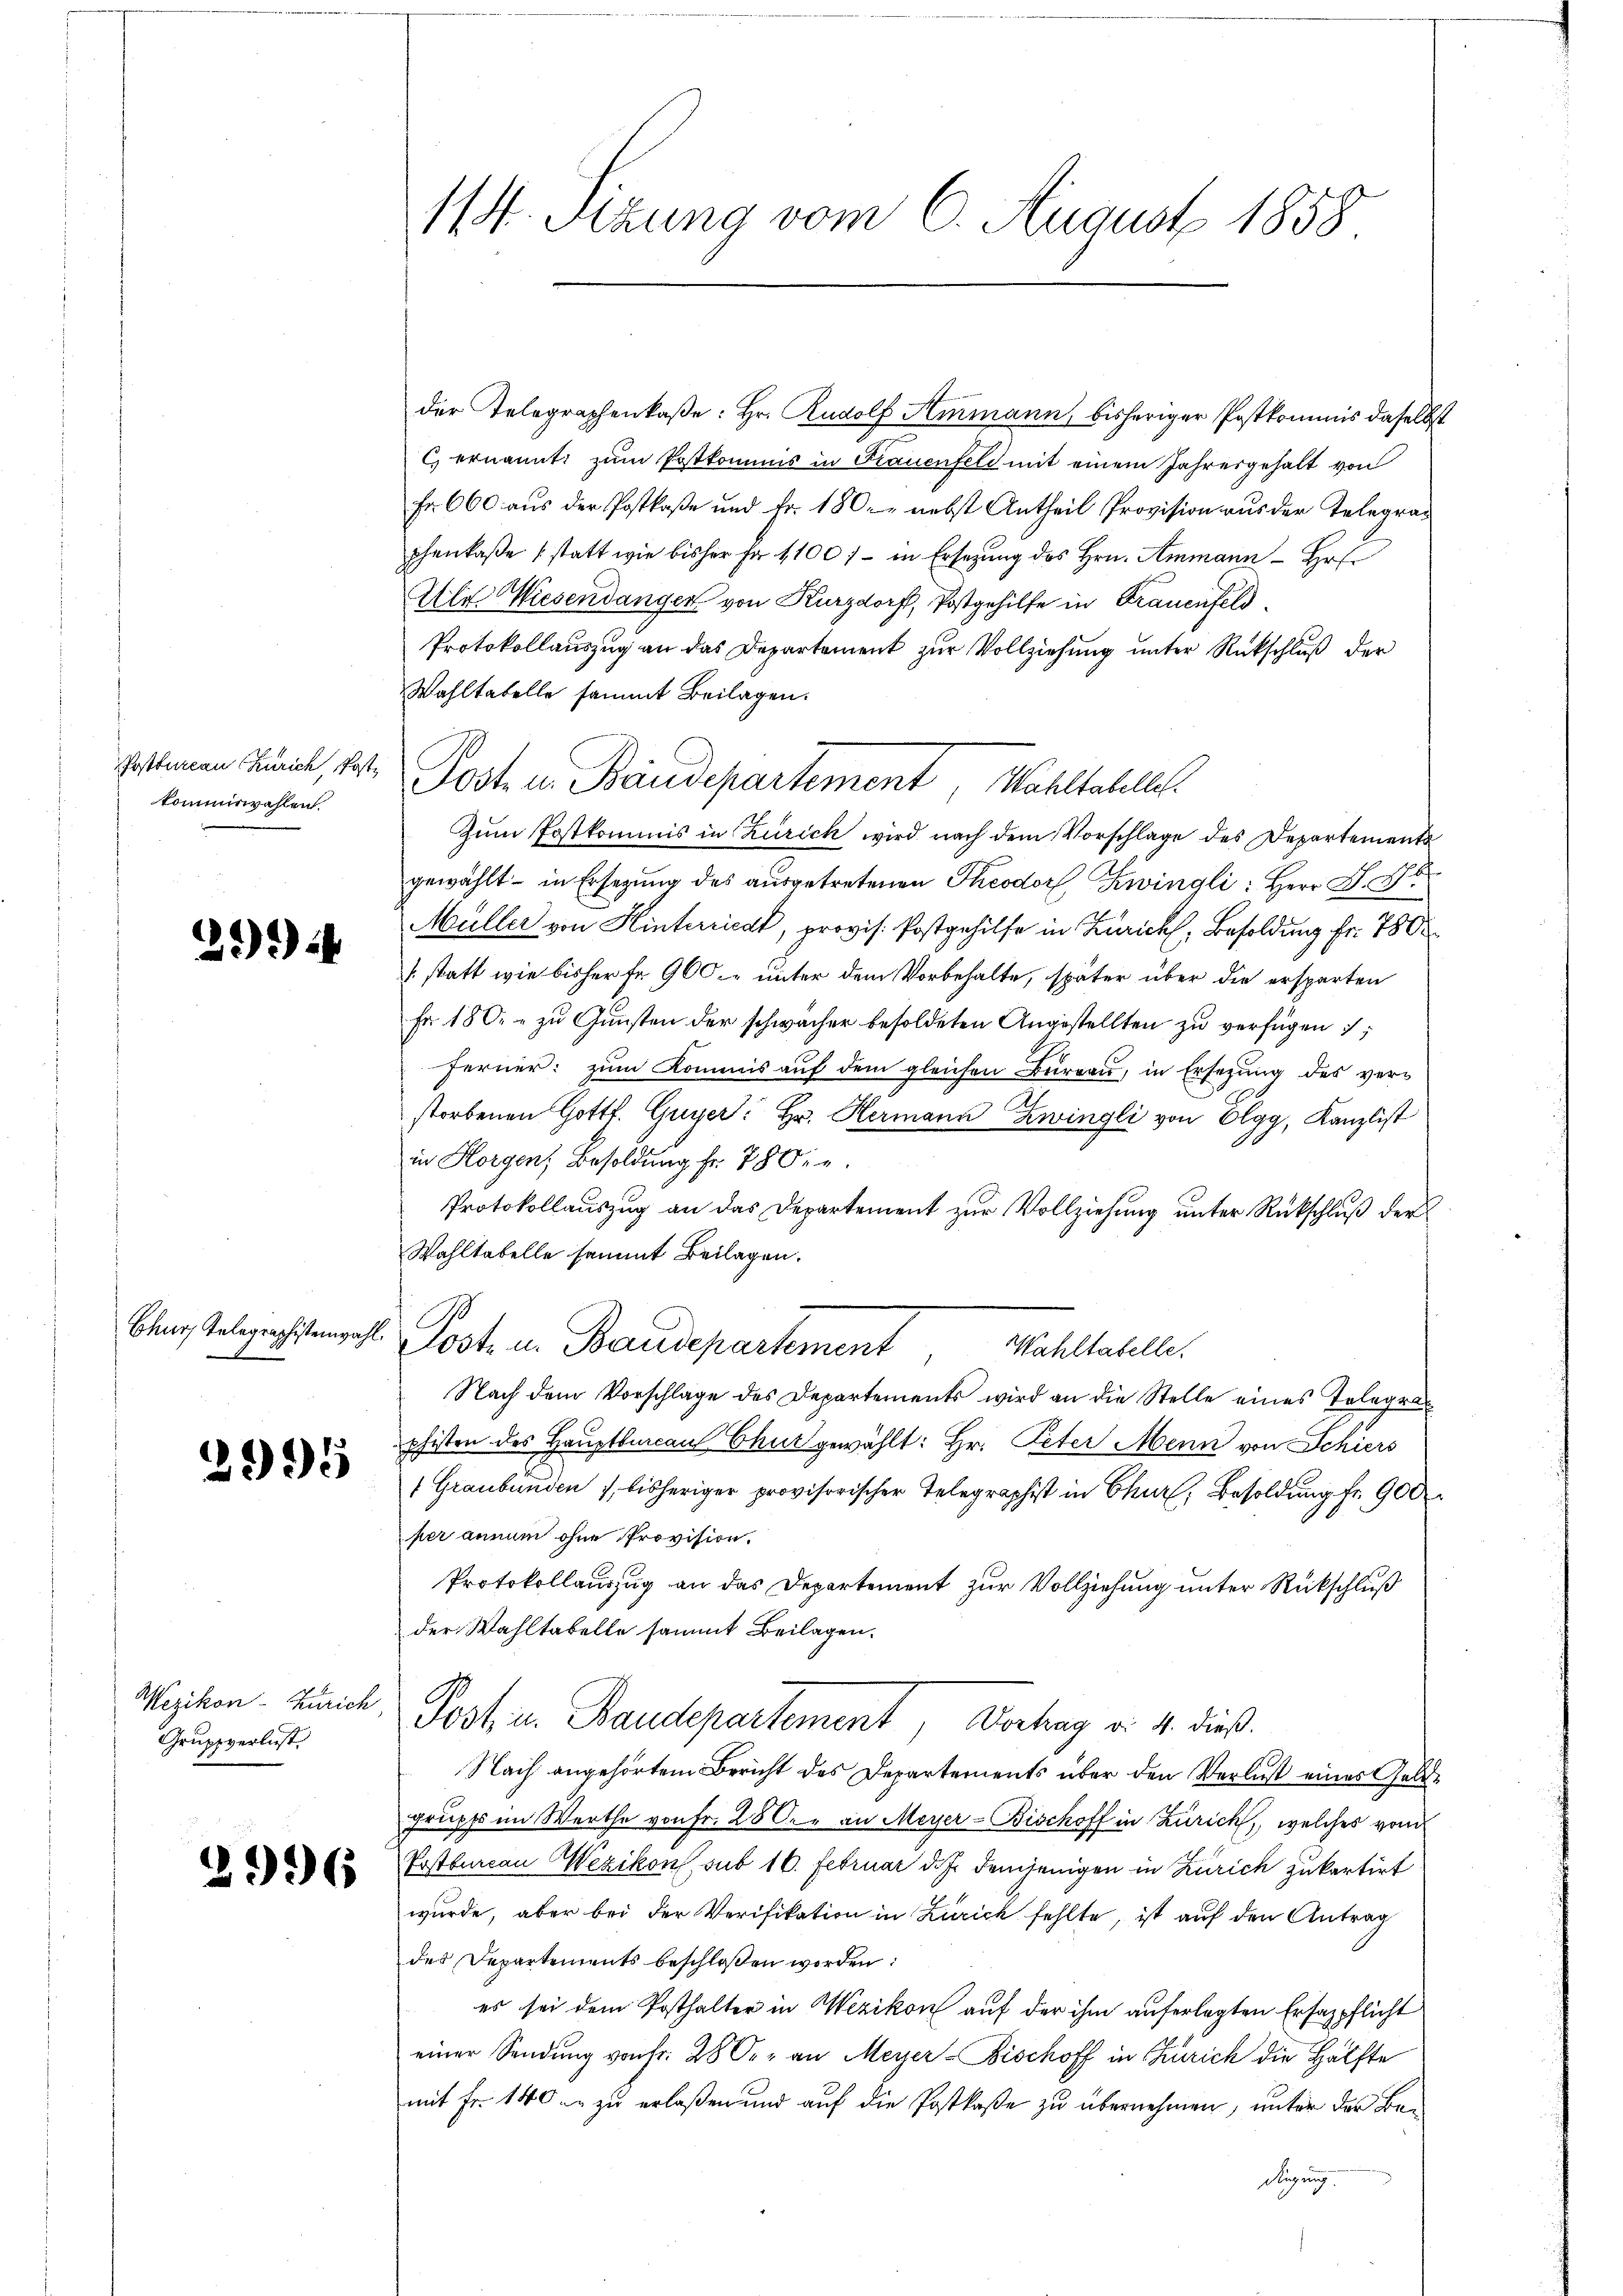
kommiswahlen.

2.)

Chur Telegraphistenwahl.

3995

Wezikon-Zürich
Gruppverlust.

der Telegraphenkaße: Hr. Rudolf Ammann, bisheriger Postkommis daselbst
C) ernannt, zum Postkommis in Frauenfeld mit einem Jahresgehalt von
Fr. 600 aus der Postkaße und Fr. 180. nebst Antheil Provision aus der Telegrapchenkaße (statt wie bisher Fr. 1100 f - in Ersezung des Hrn. Ammann Hrn.
Ali Wiesendanger von Kurzdorf, Postgehilfe in Frauenfeld
Protokollauszug an das Departement zur Vollziehung unter Rückschluß der
Wahltatelle sammt Beilagen.
postenen Punct, des Post u. Baudepartement, Wahltatellt.
Zum Postkommis in Zürich wird nach dem Vorschlage des Departement
gewählt in Ersezung des aŭsgetretenen Theodor Zwingli: Herr F. B
Müller von Hinterriedt, provis. Postgehilfe in Zürich, Besoldung fr. 780
(statt wie bisher fr. 900 unter dem Vorbehalte, später über die ersparten
Fr 180. - zu Gunsten der schwächer besoldeten Angestellten zu verfügen ;
ferner: zum Kommis auf dem gleichen Burgau, in Ersetzung des verstorbenen Gottf. Guyer: Hr. Hermann Zwingli von Elgg, Kanzlist
in Horgen, Besoldung fr. 780.
Protokollauszug an das Departement zur Vollziehung unter Rückschluß der
Wahltabelle sammt Beilagen.
1
Jost u. Baudepartement
Wahltabelle.
Nach dem Vorschlage des Departements wird an die Stelle eines Telegraphisten des Hauptbuccau Chur gewählt: Hr. Peter Mein von Schiers
1 Graubünden 1 bisheriger provisorischer Telegraphist in Chur, Besoldung fr. 900
per annum ohne Provision.
Protokollauszug an das Departement zur Vollziehung unter Rückschluß
der Wahltabelle sammt Beilagen.
 Post u. Baudepartement, Vortrag v. 4. dieß.
Nach angehörtem Bericht des Departements über den Verlust eines Geld-
grupp im Werthe von Fr. 280. an Meyer-Bischoff in Zürich, welches vom
 Postbureau Wezikon sub 16. Februar d. J. demjenigen in Zürich zukartirt
wurde, aber bei der Verifikation in Zürich fehlte, ist auf den Antrag
des Departements beschloßen worden:
es sei dem Posthalter in Wezikon auf der ihm auferlegten Erfagpflicht
einer Sendung von Fr. 28 O., an Meyer-Bischoff in Zürich die Hälfte
mit Fr. 140 - zu erlaßen und auf die Postkaße zu übernehmen, unter der Ban

114. Sizung vom 6. August 1858